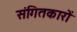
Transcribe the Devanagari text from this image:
संगितकारों